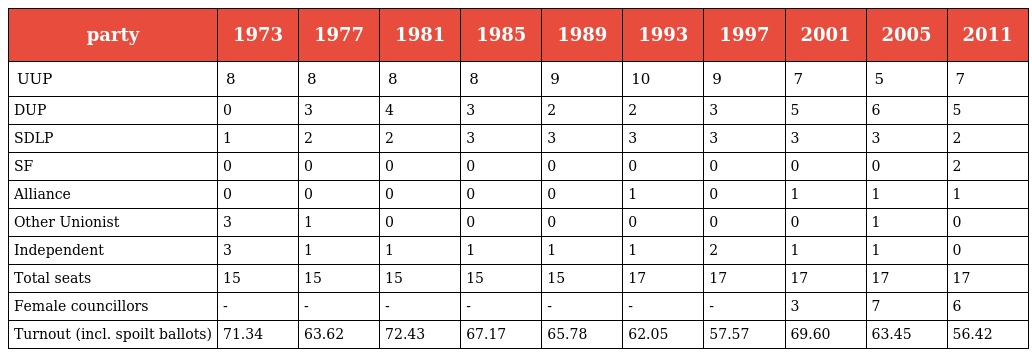
| party | 1973 | 1977 | 1981 | 1985 | 1989 | 1993 | 1997 | 2001 | 2005 | 2011 |
 | --- | --- | --- | --- | --- | --- | --- | --- | --- | --- | --- |
 | UUP | 8 | 8 | 8 | 8 | 9 | 10 | 9 | 7 | 5 | 7 |
 | DUP | 0 | 3 | 4 | 3 | 2 | 2 | 3 | 5 | 6 | 5 |
 | SDLP | 1 | 2 | 2 | 3 | 3 | 3 | 3 | 3 | 3 | 2 |
 | SF | 0 | 0 | 0 | 0 | 0 | 0 | 0 | 0 | 0 | 2 |
 | Alliance | 0 | 0 | 0 | 0 | 0 | 1 | 0 | 1 | 1 | 1 |
 | Other Unionist | 3 | 1 | 0 | 0 | 0 | 0 | 0 | 0 | 1 | 0 |
 | Independent | 3 | 1 | 1 | 1 | 1 | 1 | 2 | 1 | 1 | 0 |
 | Total seats | 15 | 15 | 15 | 15 | 15 | 17 | 17 | 17 | 17 | 17 |
 | Female councillors | - | - | - | - | - | - | - | 3 | 7 | 6 |
 | Turnout (incl. spoilt ballots) | 71.34 | 63.62 | 72.43 | 67.17 | 65.78 | 62.05 | 57.57 | 69.60 | 63.45 | 56.42 |